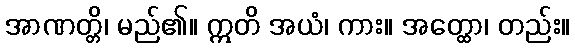
အာဏတ္တိ၊ မည်၏။ ဣတိ အယံ၊ ကား။ အတ္ထော၊ တည်း။